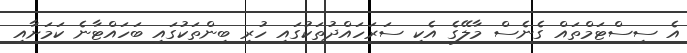
އެ ސިސްޓަމްތައް ގެނެސް މާލޭގެ އެކި ސަރަހައްދުތަކުގައި ހުރި ބިންތަކުގައި ބަހައްޓާނެ ކަމަށާއި